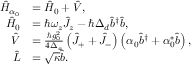
\begin{array} { r l } { \hat { H } _ { \alpha _ { 0 } } } & { = \hat { H } _ { 0 } + \hat { V } , } \\ { \hat { H } _ { 0 } } & { = \hbar \omega _ { z } \hat { J } _ { z } - \hbar \Delta _ { d } \hat { b } ^ { \dagger } \hat { b } , } \\ { \hat { V } } & { = \frac { \hbar g _ { 0 } ^ { 2 } } { 4 \Delta _ { a } } \left( \hat { J } _ { + } + \hat { J } _ { - } \right) \left( \alpha _ { 0 } \hat { b } ^ { \dagger } + \alpha _ { 0 } ^ { * } \hat { b } \right) , } \\ { \hat { L } } & { = \sqrt { \kappa } \hat { b } . } \end{array}